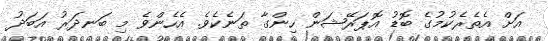
އަށް އެތެރެކުމުގެ ބޮޑު އޮޕަރޭޝަން ހިންގާ ތަނެކެވެ. އެހެންވެ މި ބަނދަރު އަބަދު